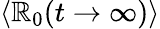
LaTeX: \langle\mathbb{R}_{0}(t\rightarrow\infty)\rangle